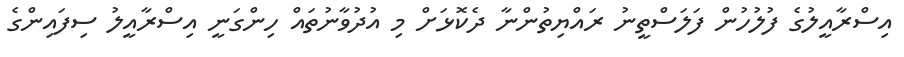
އިސްރާއީލުގެ ފުލުހުން ފަލަސްތީނު ރައްޔިތުންނާ ދެކޮޅަށް މި އުދުވާނުތައް ހިންގަނީ އިސްރާއީލު ސިފައިންގެ